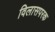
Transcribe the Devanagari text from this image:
विलासपरक